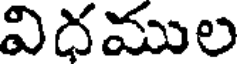
విదముల